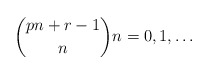
\begin{align*}\binom{pn+r-1}{n} n=0,1,\ldots\end{align*}